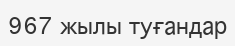
967 жылы туғандар